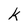
Character: k